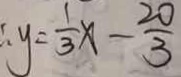
\therefore y = \frac { 1 } { 3 } x - \frac { 2 0 } { 3 }